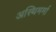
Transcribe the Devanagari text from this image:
अस्थिमर्मा